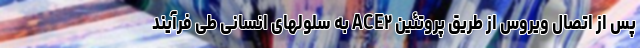
پس از اتصال ویروس از طریق پروتئین ACE۲ به سلولهای انسانی طی فرآیند